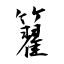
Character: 籊